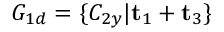
G _ { 1 d } = \{ C _ { 2 y } | \mathbf { t } _ { 1 } + \mathbf { t } _ { 3 } \}